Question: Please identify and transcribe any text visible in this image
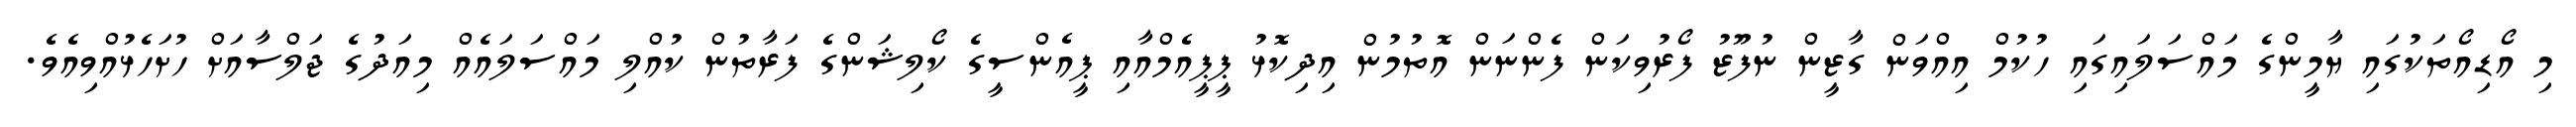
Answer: މި އޯޑިއޯތަކުގައި ޔާމީންގެ މައްސަލައިގައި ހުކުމް އިއްވަން ގާޒީން ނުފޫޒު ފޯރުވިކަން ފެންނަން އޮތުމުން އިދިކޮޅު ޕީޕީއެމްއާއި ޕީއެންސީގެ ކޯލިޝަންގެ ފަރާތުން ކުއްލި މައްސަލައެއް މިއަދުގެ ޖަލްސާއަށް ހުށަހެޅުއްވިއެވެ.